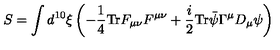
S = \int d ^ { 1 0 } \xi \left( - \frac { 1 } { 4 } \mathrm { T r } F _ { \mu \nu } F ^ { \mu \nu } + \frac { i } { 2 } \mathrm { T r } \bar { \psi } \Gamma ^ { \mu } D _ { \mu } \psi \right)